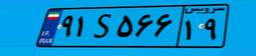
۹۱S۵۶۶۱۹